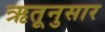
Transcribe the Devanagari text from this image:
ऋतूनुसार